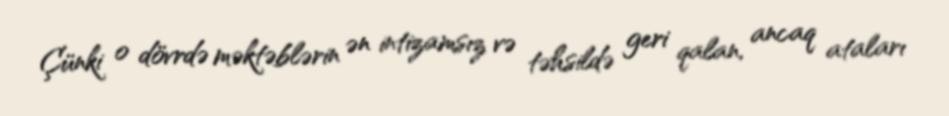
Çünki o dövrdə məktəblərin ən intizamsız və təhsildə geri qalan, ancaq ataları